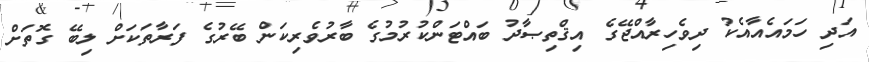
އަދި ހަމައެއާއެކު ދިވެހިރާއްޖޭގެ އިޤްތިޞާދު ބައްޓަންކުރުމުގެ ބާރުވެރިކަން ބޭރުގެ ފަރާތަކަށް ލިބޭ ގޮތަށް